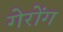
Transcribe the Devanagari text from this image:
गेरोंग